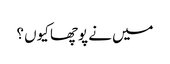
میں نے پوچھا کیوں ؟